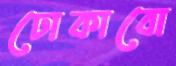
ঢোকাবো